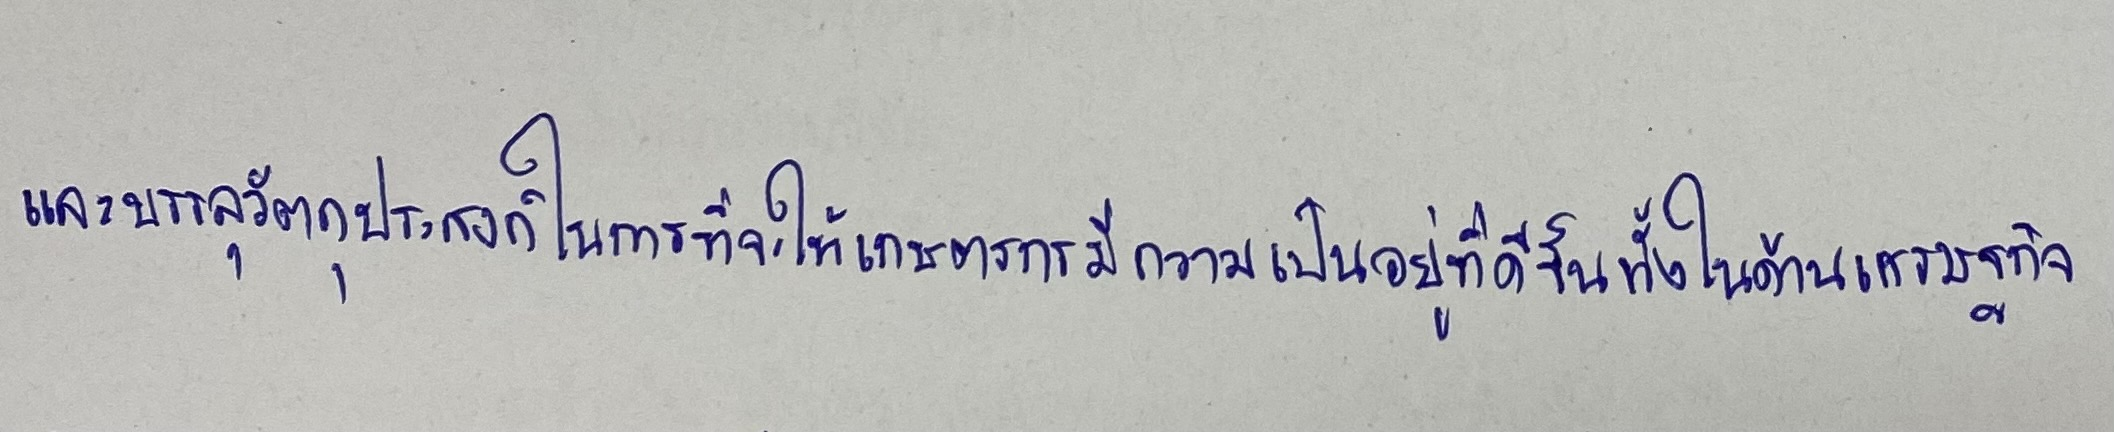
และบรรลุวัตถุประสงค์ในการที่จะให้เกษตรกรมีความเป็นอยู่ที่ดีขึ้นทั้งในด้านเศรษฐกิจ